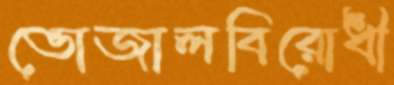
ভোজালবিরোধী